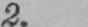
2.